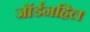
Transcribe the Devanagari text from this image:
जॉर्डनहिल